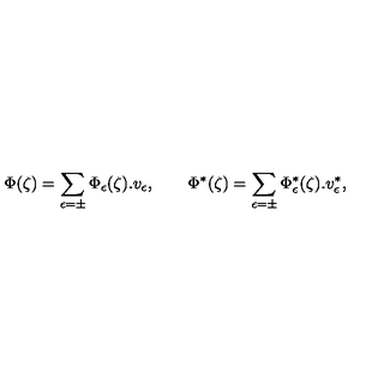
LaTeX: \Phi ( \zeta ) = \sum _ { \epsilon = \pm } \Phi _ { \epsilon } ( \zeta ) . v _ { \epsilon } , \qquad \Phi ^ { * } ( \zeta ) = \sum _ { \epsilon = \pm } \Phi _ { \epsilon } ^ { * } ( \zeta ) . v _ { \epsilon } ^ { * } ,